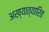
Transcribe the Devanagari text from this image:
अख्यात्यारित